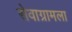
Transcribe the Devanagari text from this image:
सेवाग्रामला